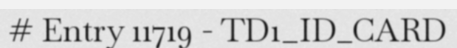
# Entry 11719 - TD1_ID_CARD